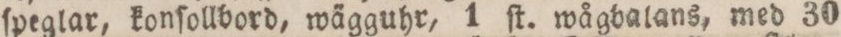
ſpeglar, konſollbord, wägguhr, 1 ſt. wågbalans, med 30